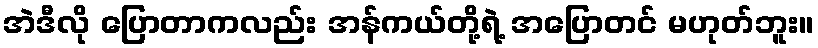
အဲဒီလို ပြောတာကလည်း အန်ကယ်တို့ရဲ့ အပြောတင် မဟုတ်ဘူး။